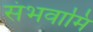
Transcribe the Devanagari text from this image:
संभवामि